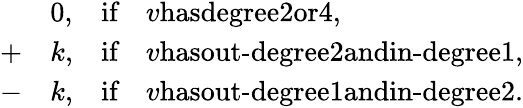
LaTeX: \begin{array}{rlrl}&{0,}&{\textrm{if}}&{v\textrm{hasdegree}2\textrm{or}4,}\\ {+}&{k,}&{\textrm{if}}&{v\textrm{hasout-degree}2\textrm{andin-degree}1,}\\ {-}&{k,}&{\textrm{if}}&{v\textrm{hasout-degree}1\textrm{andin-degree}2.}\end{array}